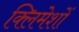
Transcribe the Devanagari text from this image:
क्लिमेशों